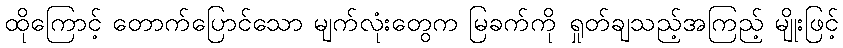
ထိုကြောင့် တောက်ပြောင်သော မျက်လုံးတွေက မြခက်ကို ရှုတ်ချသည့်အကြည့် မျိုးဖြင့်